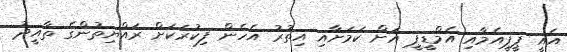
އެއީ ޕީޕީއެމާއި އެމްޑީޕީ އަށް ކަމަށާއި އިތުރު އެހެން ފިކުރަކަށް ރައްޔިތުންގެ ތާއީދު